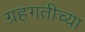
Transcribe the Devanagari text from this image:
ग्रहगतीच्या